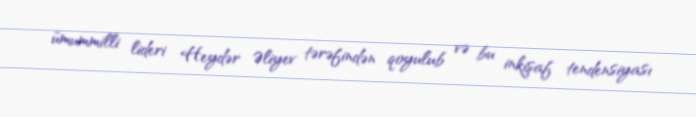
ümummilli lideri Heydər Əliyev tərəfindən qoyulub və bu inkişaf tendensiyası